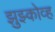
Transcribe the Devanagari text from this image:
झुझ्कोव्ह